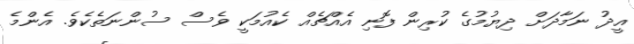
އީދު ނަމާދަށް ދިޔުމުގެ ކުރިން ފޮނި އެއްޗެއް ކެއުމަކީ ވެސް ސުންނަތެކެވެ. އެންމެ